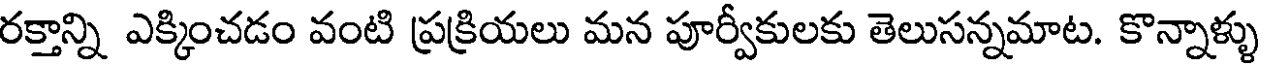
రక్తాన్ని ఎక్కించడం వంటి ప్రక్రియలు మన పూర్వీకులకు తెలుసన్నమాట. కొన్నాళ్ళు